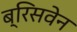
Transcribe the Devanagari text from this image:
ब्रिसवेन